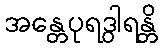
အန္တေပုရဒွါရန္တိ